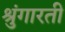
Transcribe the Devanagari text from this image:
श्रुंगारती